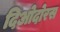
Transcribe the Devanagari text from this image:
दिओदोरस